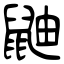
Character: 鼬